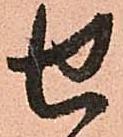
せ